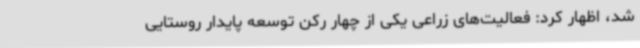
شد، اظهار کرد: فعالیت‌های زراعی یکی از چهار رکن توسعه پایدار روستایی